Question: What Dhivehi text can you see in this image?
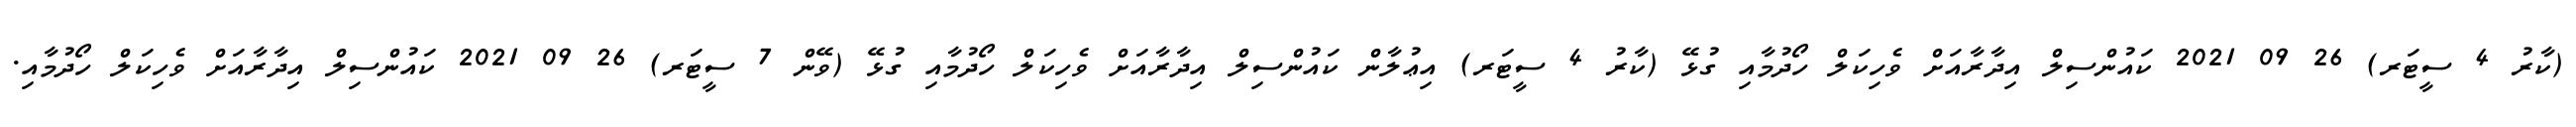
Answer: (ކާރު 4 ސީޓަރ) 26 09 2021 ކައުންސިލް އިދާރާއަށް ވެހިކަލް ހޯދުމާއި ގުޅޭ (ކާރު 4 ސީޓަރ) އިޢުލާން ކައުންސިލް އިދާރާއަށް ވެހިކަލް ހޯދުމާއި ގުޅޭ (ވޭން 7 ސީޓަރ) 26 09 2021 ކައުންސިލް އިދާރާއަށް ވެހިކަލް ހޯދުމާއި.